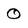
Character: 0